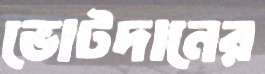
ভোটদানের